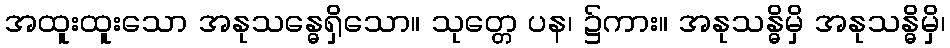
အထူးထူးသော အနုသန္ဓေရှိသော။ သုတ္တေ ပန၊ ၌ကား။ အနုသန္ဓိမှိ အနုသန္ဓိမှိ၊